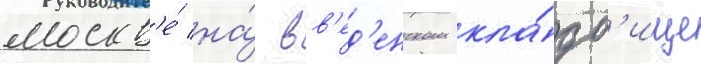
москв'е́ на́ вв'ед'енском кла́дб'ище